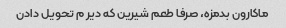
ماکارون بدمزه، صرفا طعم شیرین که دیر م تحویل دادن